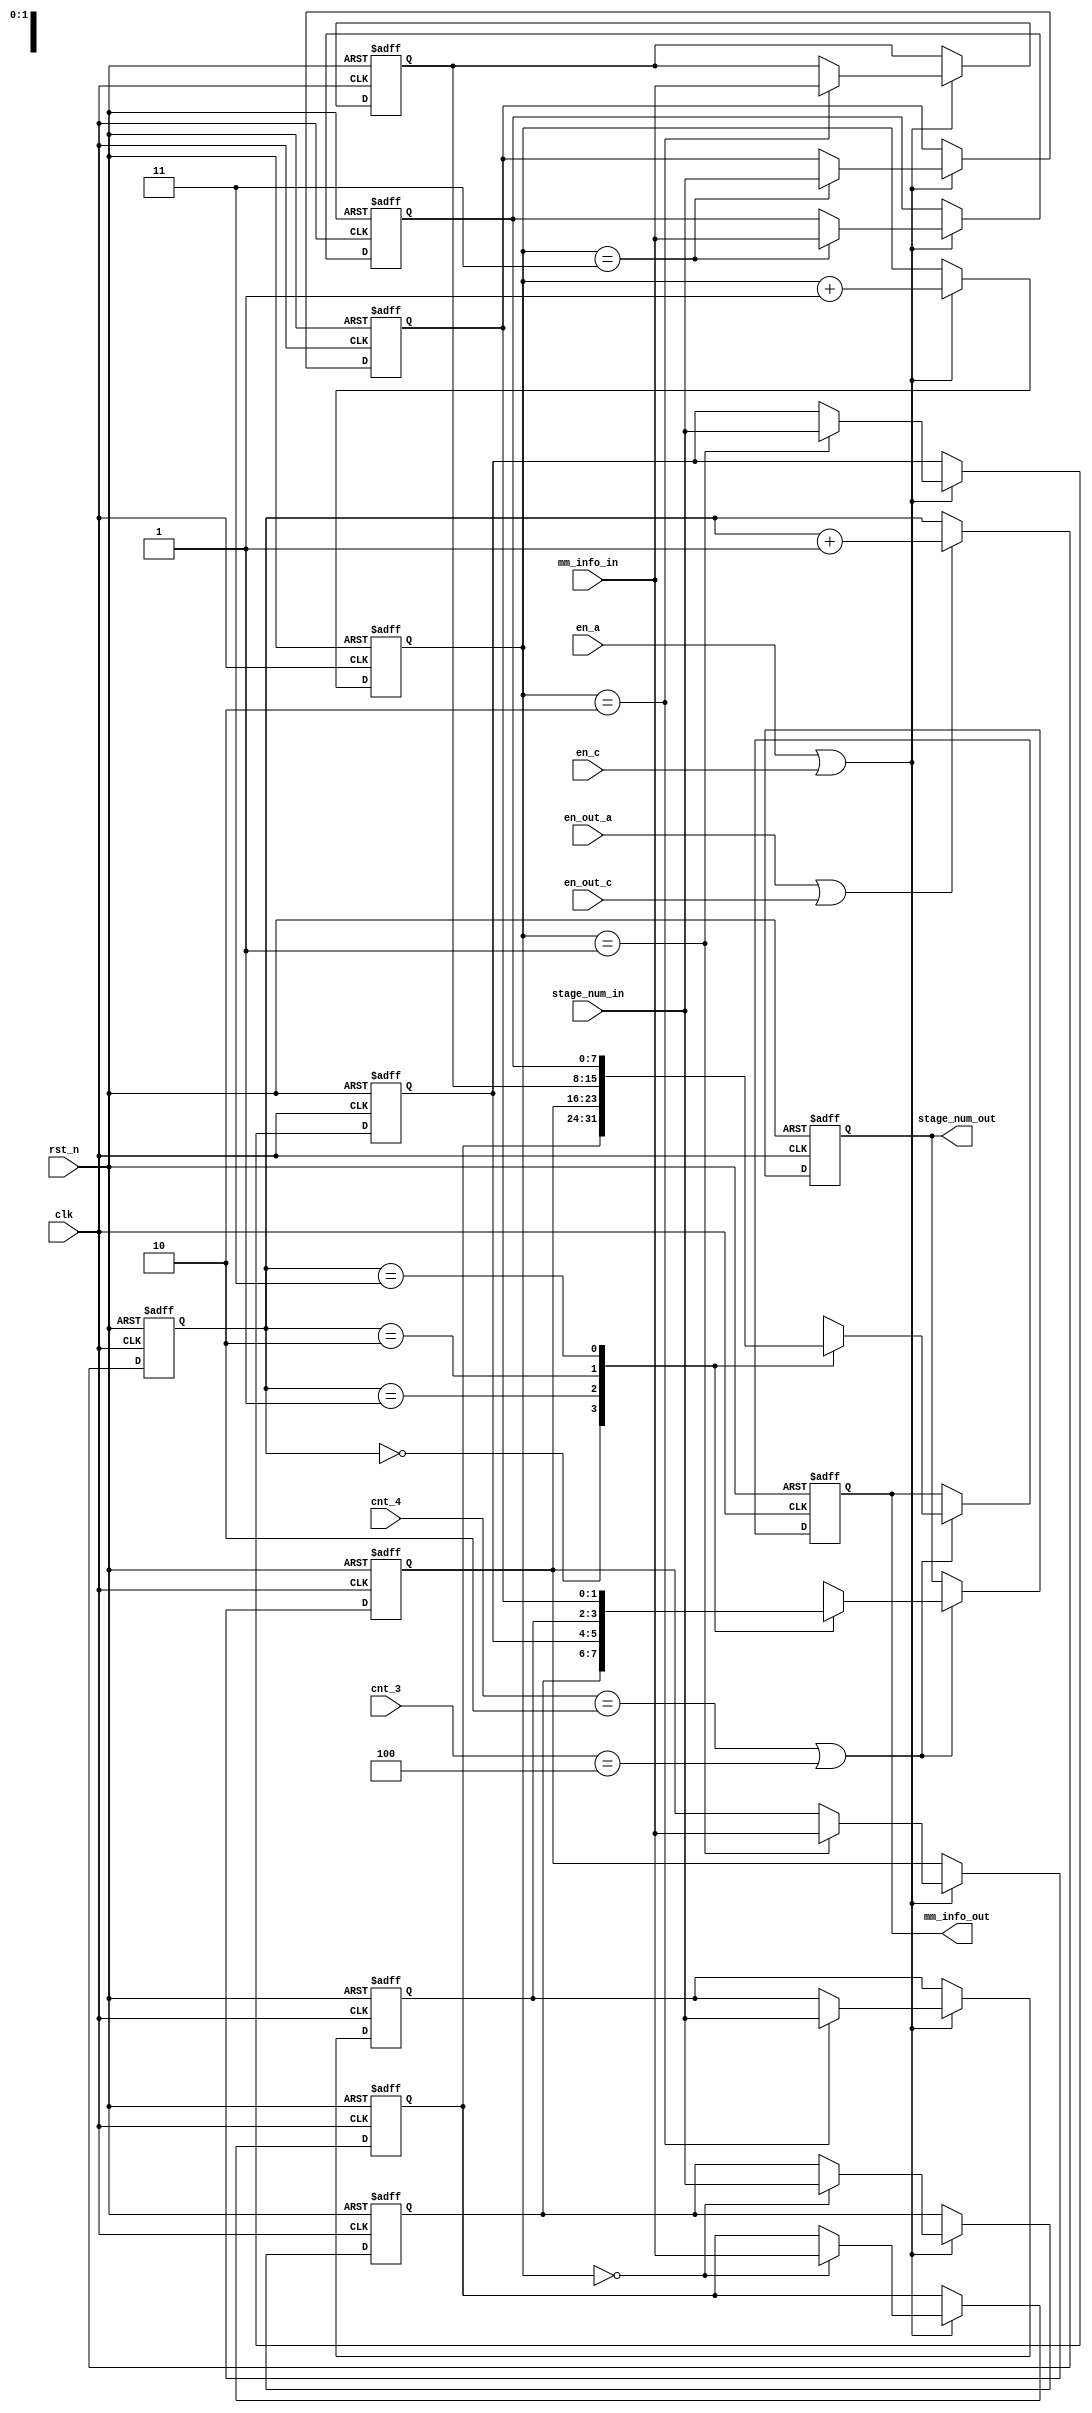
`timescale 1ns / 1ps
//////////////////////////////////////////////////////////////////////////////////
// Company: 
// Engineer: 
// 
// Design Name: 
// Module Name: stage_num_counter
// Project Name: 
// Target Devices: 
// Tool Versions: 
// Description: 
// 
// Dependencies: 
// 
// Revision:
// Revision 0.01 - File Created
// Additional Comments:
// 
//////////////////////////////////////////////////////////////////////////////////


module stage_num_counter(
    input clk,
    input rst_n,
    input [1:0] stage_num_in,
    input en_a,
    input en_c,
    input en_out_a,
    input en_out_c,
    input [2:0] cnt_4,
    input [2:0] cnt_3,
    input [7:0] mm_info_in,
    output reg [7:0] mm_info_out,
    output reg [1:0] stage_num_out
    );
    wire en_out =en_out_a||en_out_c;
    wire en= en_a||en_c; 
    /******************************enable rising edge******************************/
    // the enable signal is en_rising_edge
    /*
    reg enable_in0;
    reg enable_in1;
    assign en_rising_edge=enable_in0&~enable_in1;

    always@(posedge clk or negedge rst_n or negedge rst_n)begin 
        if(rst_n==1'b0)begin 
            enable_in0<=0;
            enable_in1<=0;
        end
        else begin 
            enable_in0<=en;
            enable_in1<=enable_in0;
        end
    end
    */
    /*******************************************************************************/

    ////////////////////////////////////////////////////////
    reg [1:0] stage_num [3:0];
    reg [7:0] reg_mm_info [3:0];
    reg [1:0] cnt_num_in, cnt_num_out;
    always@(posedge clk or negedge rst_n) begin
        if(~rst_n) cnt_num_in <= 2'd0;
        else if(en) begin
            cnt_num_in <= cnt_num_in+1'b1;
        end
    end
    always@(posedge clk or negedge rst_n) begin
        if(~rst_n) cnt_num_out <= 2'd0;
        else if(en_out) begin
            cnt_num_out <= cnt_num_out+1'b1;
        end
    end
    always@(posedge clk or negedge rst_n) begin
        if(~rst_n) begin
            stage_num[0] <= 0;
            stage_num[1] <= 0;
            stage_num[2] <= 0;
            stage_num[3] <= 0;
            reg_mm_info[0] <= 0;
            reg_mm_info[1] <= 0;
            reg_mm_info[2] <= 0;
            reg_mm_info[3] <= 0;
        end
        else begin
            if(en) begin
                stage_num[cnt_num_in] <= stage_num_in;
                reg_mm_info[cnt_num_in] <= mm_info_in;
            end
        end
    end
    always@(posedge clk or negedge rst_n) begin
        if(~rst_n) begin
            stage_num_out <= 0;
            mm_info_out <= 0;
        end
        else if((cnt_4==3'd2)||(cnt_3==3'd4)) begin
            stage_num_out <= stage_num[cnt_num_out];
            mm_info_out <= reg_mm_info[cnt_num_out];
        end
    end
    ///////////////////////////////////////////////////////
endmodule